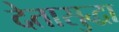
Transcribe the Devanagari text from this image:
देतासुद्धा